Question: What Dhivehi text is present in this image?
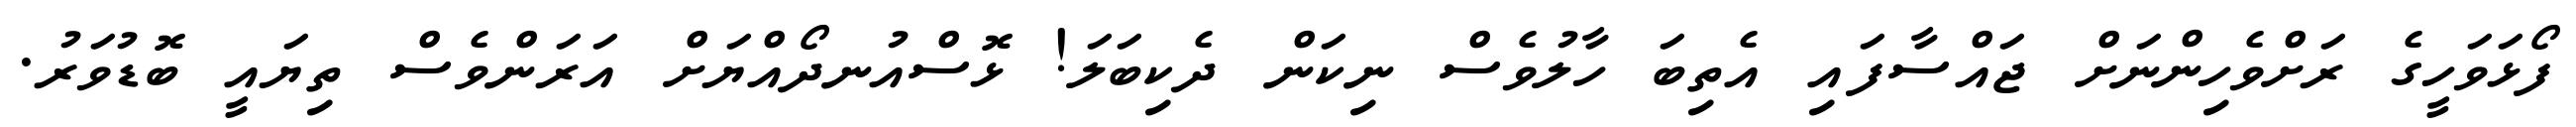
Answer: ފޯޅަވަހީގެ ރަށްވެހިންނަށް ޖައްސާފައި އެތިބަ ހާލުވެސް ނިކަން ދެކިބަލަ! ޅޮސްއުނދޯއްޔަށް އަރަންވެސް ތިޔައީ ބޮޑުވަރު.